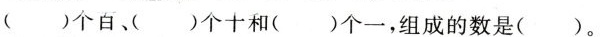
( )个百、( )个十和( )个一，组成的数是( )。